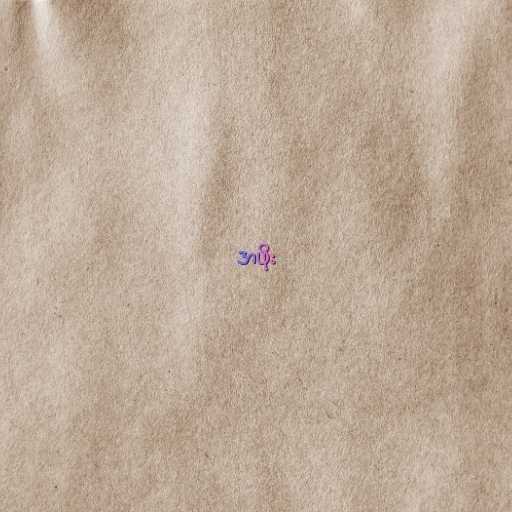
အဖိုး